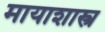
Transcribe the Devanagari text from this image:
मायाशास्त्र